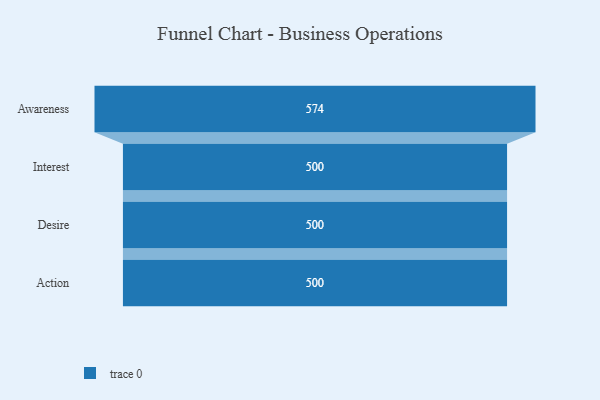
{"axis": {"x": "Stage", "y": "Value"}, "legend": [""], "data": [{"x": "Awareness", "y": 574.0, "type": ""}, {"x": "Interest", "y": 500, "type": ""}, {"x": "Desire", "y": 500, "type": ""}, {"x": "Action", "y": 500, "type": ""}]}